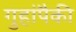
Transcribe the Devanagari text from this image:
गुहांपैकी